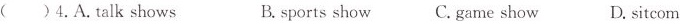
( ) 4. A. Talk shows B. sports show C. game show D. sitcom